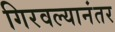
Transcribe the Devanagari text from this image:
गिरवल्यानंतर